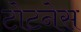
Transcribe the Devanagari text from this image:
टोटनेस